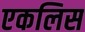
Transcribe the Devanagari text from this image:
एकलिस